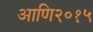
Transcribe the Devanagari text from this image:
आणि२०१५